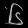
Digit: ၆